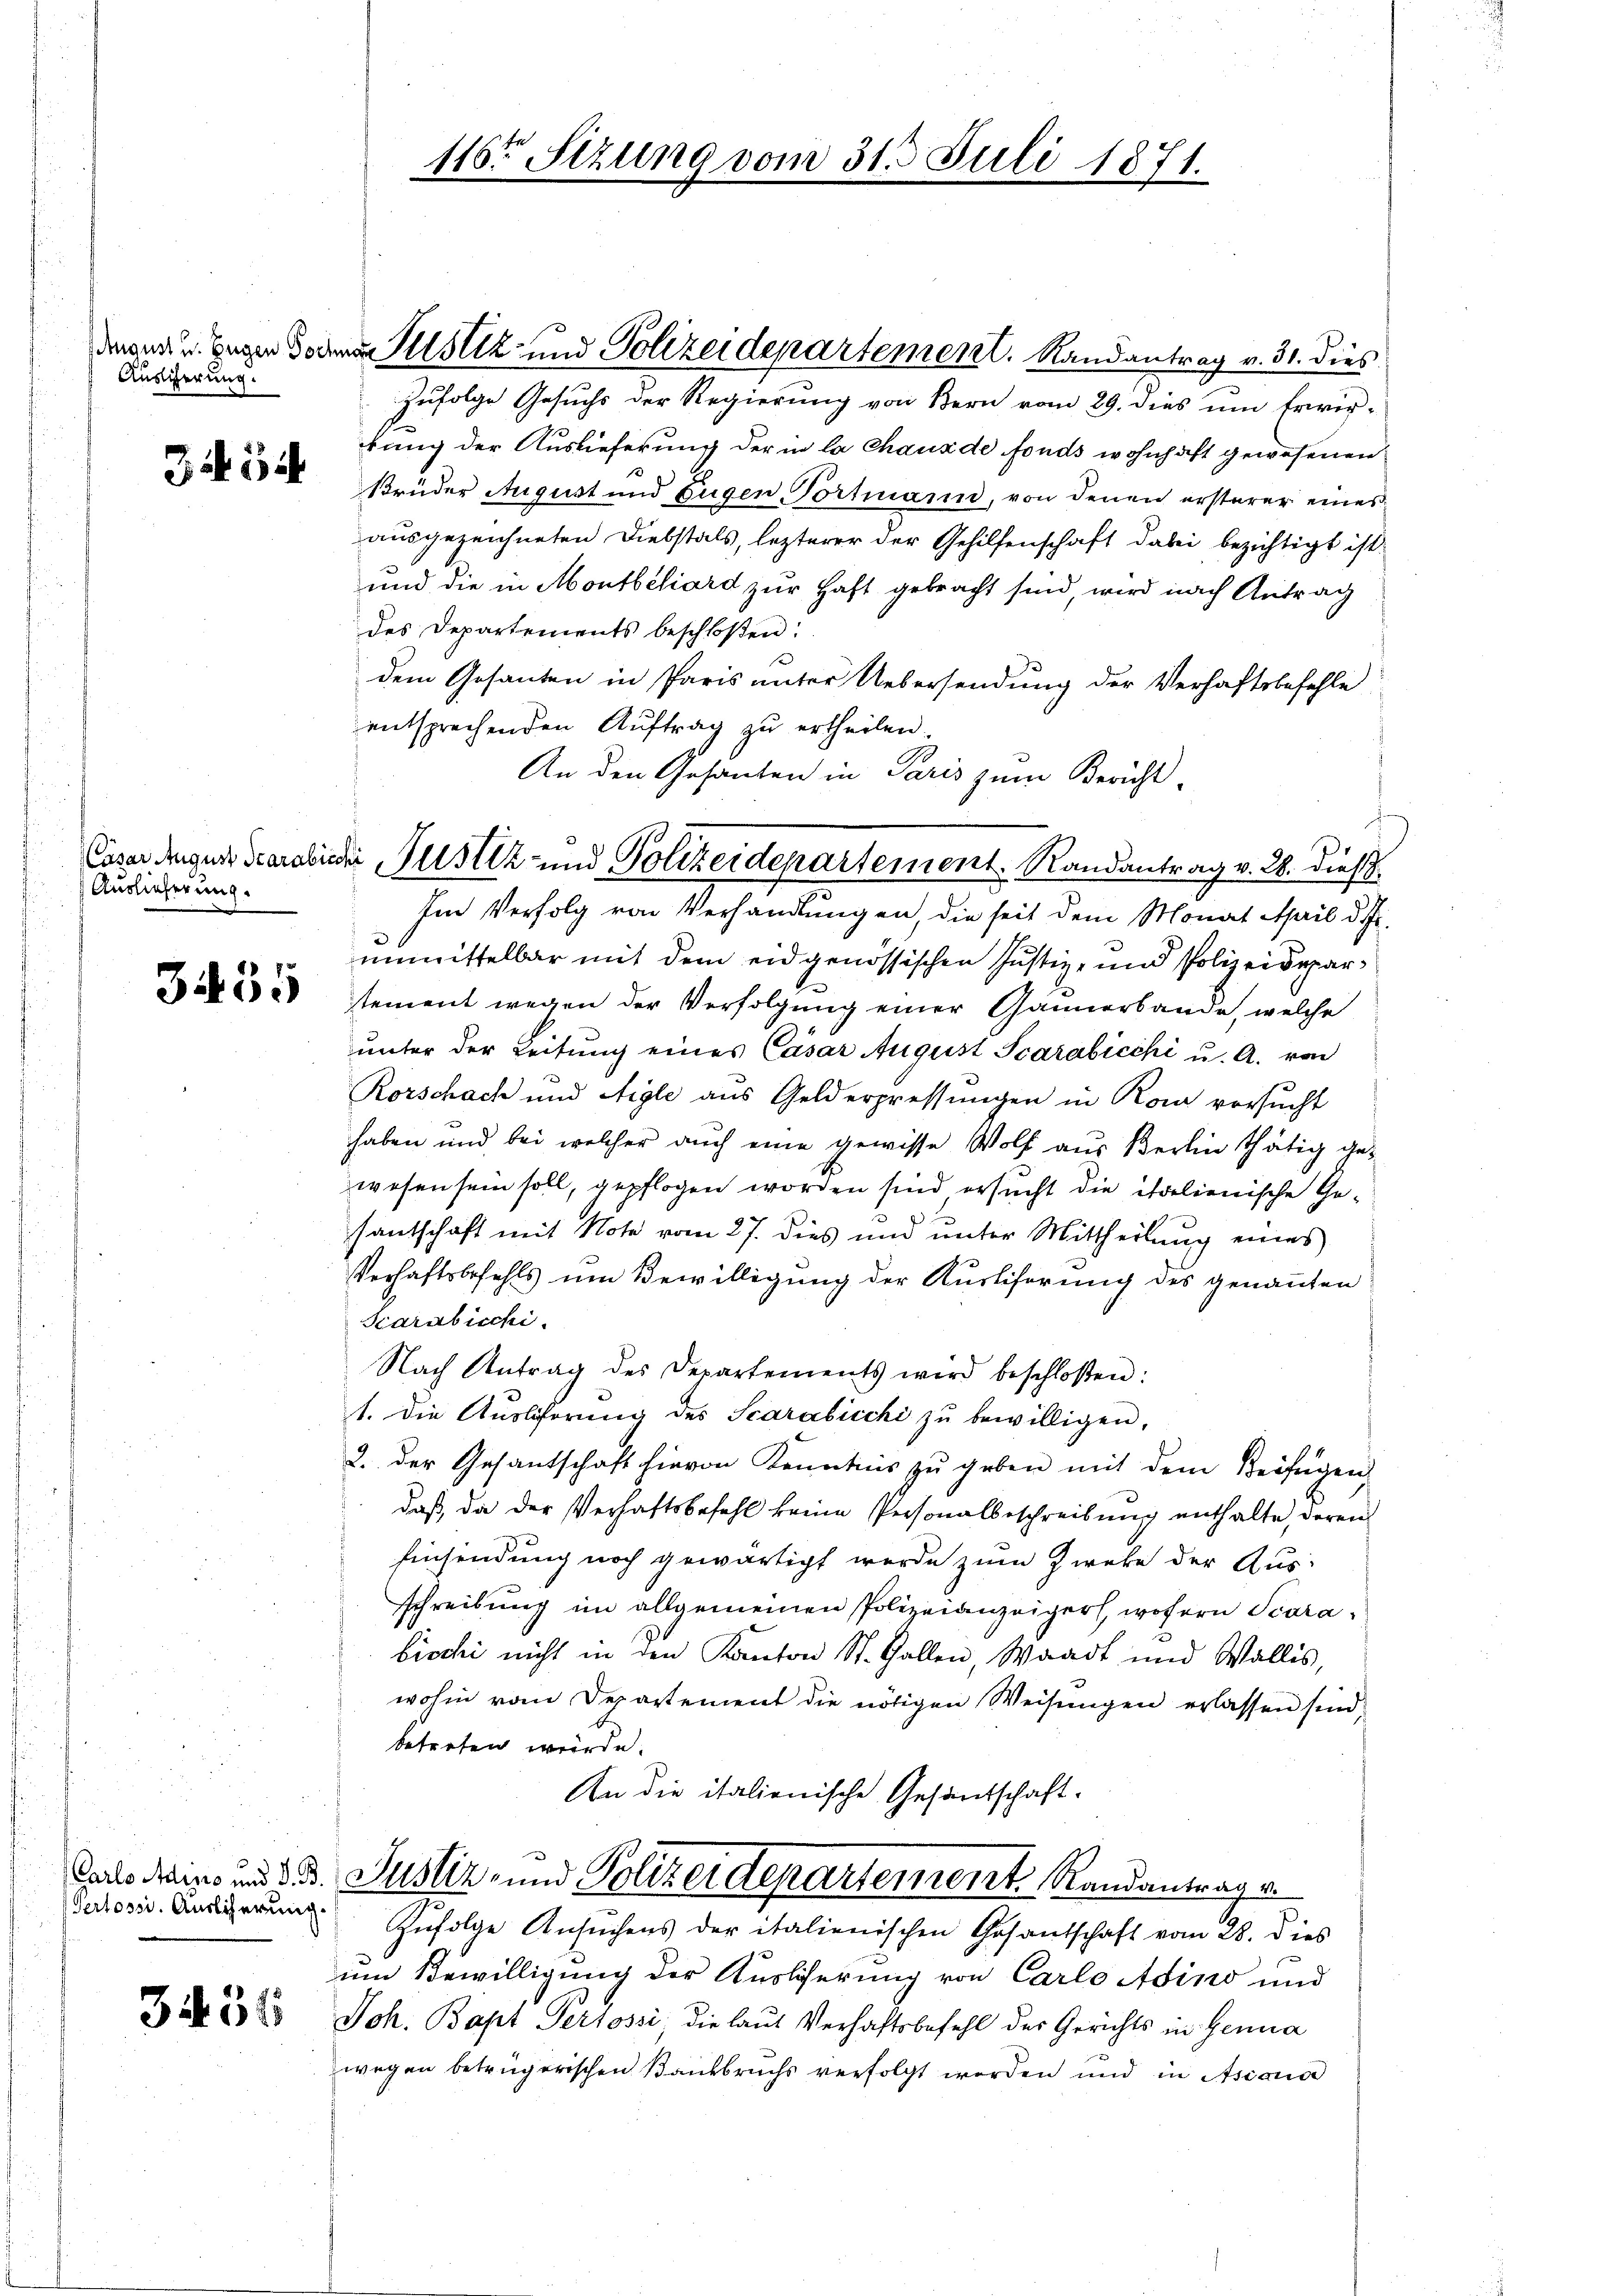
Auslicherung.

354

Auslieferung.

3435

Pertossi. Auslicherung.

3454

zufolge Gesuchs der Regierung von Bern vom 29. dies um Erwir-
kung der Auslieferung der in la chaus de fonds wohnhaft gewesenen
Brüder August und Eugen, Portmann, von denen ersterer eines
ausgezeichneten Diebstals, lezterer der Gehilfenschaft dabei bezichtigt ist.
und die in Montbéliard zur Haft gebracht sind, wird nach Antrag
des Departements beschloßen:
dem Gesanten in Paris unter Uebersendung der Verhaftsbefehle
entsprechenden Aŭftrag zŭ ertheilen.
An den Gesanten in Paris zum Bericht
Im Verfolg von Verhandlungen, die seit dem Monat April d. J.
nnmittelbar mit dem eidgenössischen Justiz- und Polizeidepartement wegen der Verfolgung einer Gaunerbande, welche
unter der Zeitung eines Cäsar August Scarabicchi u. A. von
Rorschach und Aigle aus Gelderpressungen in Rom versucht
haben und bei welcher auch eine gewisse Wolf aus Berlin thätig gewesen sein soll, gepflogen worden sind ersucht die italienische Ge-
santschaft mit Note vom 27. dies und unter Mittheilung eines
Verhaftsbefehls um Bewilligung der Ausliferung des genannten
Karabicchi
Nach Antrag des Departements wird beschloßen:
1. Die Aŭsliferŭng des Scarabicchi zŭ bewilligen,
2. der Gesantschaft hievon Kenntnis zu geben mit dem Beifügen,
daß, da der Verhaftsbefehl keine Personalbeschreibung enthalte, deren
Einsendung noch gewärtigt werde zum Zweke der Aus-
schreibung im allgemeinen Polizeianzeigers, wofern Scarabischi nicht in den Kanton St. Gallen, Waadt und Wallis,
wohin vom Departement die nötigen Weisungen erlassen sind,
beterfen würde.
An die italienische Gesandschaft-
.
dals dans und d. 3. Justiz- und Polizeidepartement Randantrag v.
Zufolge Ansuchens der italienischen Gesandschaft vom 28. dies
um Bewilligung der Auslicherung von Carlo Adino und
Joh. Bapt Persossi die laut Verhaftsbefehl der Gerichts in Genua
wegen betrügerischen Bankbruchs verfolgt worden und in Asiaus

116 Stzung vom 31. Juli 1871.

deser u. Gegen donnen Stolz und Polizeidepartement. Randantrag v. 31. dies

Caser Augen Sarabieder Justiz und Polizeidepartement. Randantrag v. 28. dieß.